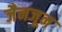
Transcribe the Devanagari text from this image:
जैनजून